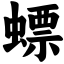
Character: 螵